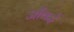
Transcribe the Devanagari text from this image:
जाँवई